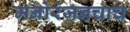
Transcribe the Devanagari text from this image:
मनोरंजनचाच